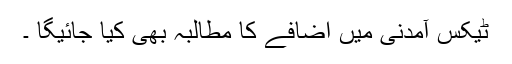
ٹیکس آمدنی میں اضافے کا مطالبہ بھی کیا جائیگا ۔